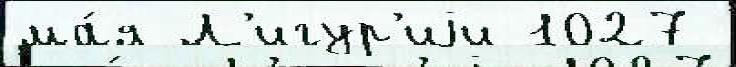
ма́я Л'игур'иjи 1027